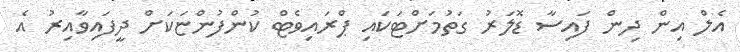
އެލް އިން ދިން ފައިސާ ޑޮލަރު ގަތުމަށްޓަކައި ޕްރައިވެޓް ކުންފުންޏަކަށް ދީފައިވާއިރު އެ